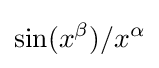
\sin(x^{\beta })/x^{\alpha }